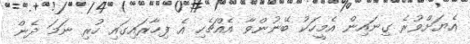
އެޔަށްވުރެ ގިނައިން އެމީހަކު ބޭނުންވާ އެއްޗެހި އެ ފިހާރައިގައި ހުރި ނަމަ ދެން